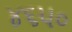
૪૬૫૦